Report of the Bombay Plague Committee
Disease focus: Plague
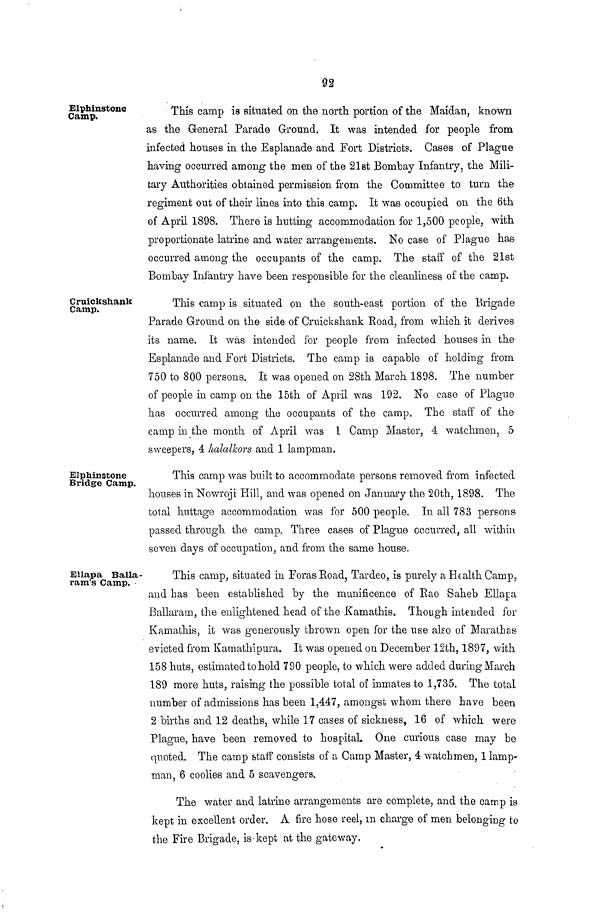
92
Elphinstone
Camp.
This camp is situated on the north portion of the Maidan, known
as the General Parade Ground. It was intended for people from
infected houses in the Esplanade and Fort Districts. Cases of Plague
having occurred among the men of the 21st Bombay Infantry, the Mili-
tary Authorities obtained permission from the Committee to turn the
regiment out of their lines into this camp. It was occupied on the 6th
of April 1898. There is hutting accommodation for 1,500 people, with
proportionate latrine and water arrangements. No case of Plague has
occurred among the occupants of the camp. The staff of the 21st
Bombay Infantry have been responsible for the cleanliness of the camp.
Cruickshank
Camp.
This camp is situated on the south-east portion of the Brigade
Parade Ground on the side of Cruickshank Road, from which it derives
its name. It was intended for people from infected houses in the
Esplanade and Fort Districts. The camp is capable of holding from
750 to 800 persons. It was opened on 28th March 1898. The number
of people in camp on the 15th of April was 192. No case of Plague
has occurred among the occupants of the camp. The staff of the
camp in the month of April was 1 Camp Master, 4 watchmen, 5
sweepers, 4 halalkors and 1 lampman.
Elphinstone
Bridge Camp.
This camp was built to accommodate persons removed from infected
houses in Nowroji Hill, and was opened on January the 20th, 1898. The
total huttage accommodation was for 500 people. In all 783 persons
passed through the camp. Three cases of Plague occurred, all within
seven days of occupation, and from the same house.
Ellapa Balla-
ram's Camp.
This camp, situated in ForasRoad, Tardeo, is purely a Health Camp,
and has been established by the munificence of Rao Saheb Ellapa
Ballaram, the enlightened head of the Kamathis. Though intended for
Kamathis, it was generously thrown open for the use also of Marathas
evicted from Kamathipura. It was opened OD December 12th, 1897, with
158 huts, estimated to hold 790 people, to which were added during March
189 more huts, raising the possible total of inmates to 1,735. The total
number of admissions has been 1,447, amongst whom there have been
2 births and 12 deaths, while 17 cases of sickness, 16 of which were
Plague, have been removed to hospital. One curious case may be
quoted. The carnp staff consists of a Camp Master, 4 watchmen, 1 lamp-
man, 6 coolies and 5 scavengers.
The water and latrine arrangements are complete, and the camp is
kept in excellent order. A fire hose reel, in charge of men belonging to
the Fire Brigade, is kept at the gateway,